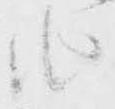
由